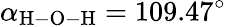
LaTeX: \alpha_{\mathrm{H-O-H}}=109.47^{\circ}